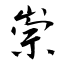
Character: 崇